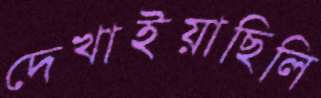
দেখাইয়াছিলি